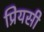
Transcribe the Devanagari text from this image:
प्रियसी